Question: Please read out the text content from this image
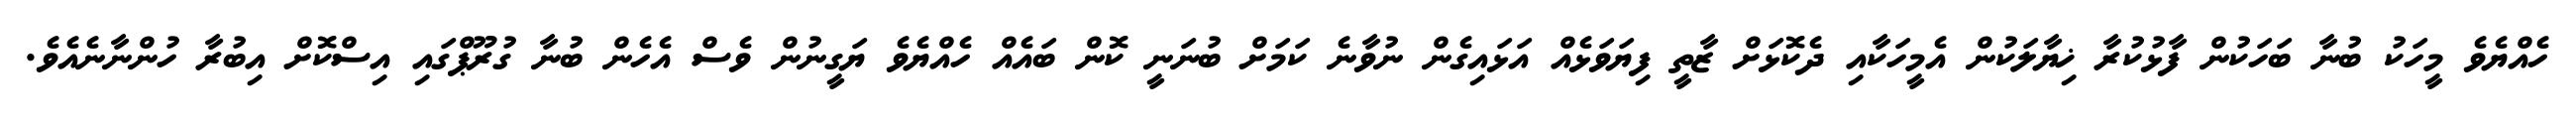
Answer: ހެއްޔެވެ މީހަކު ބުނާ ބަހަކުން ފާޅުކުރާ ޚިޔާލަކުން އެމީހަކާއި ދެކޮޅަށް ޒާތީ ފިޔަވަޅެއް އަޅައިގެން ނުވާނެ ކަމަށް ބުނަނީ ކޮން ބައެއް ހެއްޔެވެ ޔަގީނުން ވެސް އެހެން ބުނާ ގުރޫޕްގައި އިސްކޮށް އިބުރާ ހުންނާނެއެވެ.